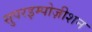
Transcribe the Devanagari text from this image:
सुपरइम्पोज़ीशन